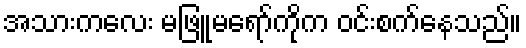
အသားကလေး မဖြူမရော်ကိုက ဝင်းစက်နေသည်။